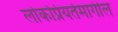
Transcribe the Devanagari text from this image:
लोकप्रियतेमागील